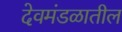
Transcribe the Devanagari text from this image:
देवमंडळातील